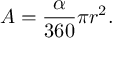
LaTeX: A = { \frac { \alpha } { 3 6 0 } } \pi r ^ { 2 } .